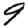
Digit: 9